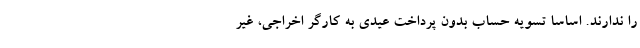
را ندارند. اساسا تسویه حساب بدون پرداخت عیدی به کارگر اخراجی، غیر